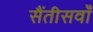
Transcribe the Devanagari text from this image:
सैंतीसवाँ